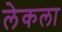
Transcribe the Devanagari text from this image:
लेकला